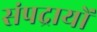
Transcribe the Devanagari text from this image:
संपद्रायों